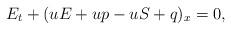
LaTeX: \begin{align*}E_t+(uE+up-uS+q)_x=0,\end{align*}